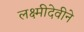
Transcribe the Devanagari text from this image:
लक्ष्मीदेवीने